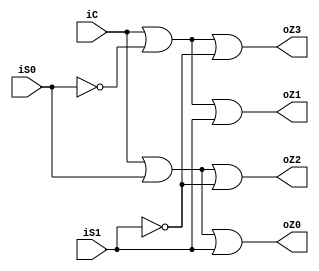
`timescale 1ns / 1ps
//////////////////////////////////////////////////////////////////////////////////
// Company: 
// Engineer: 
// 
// Design Name: 
// Module Name: selector14
// Project Name: 
// Target Devices: 
// Tool Versions: 
// Description: 
// 
// Dependencies: 
// 
// Revision:
// Revision 0.01 - File Created
// Additional Comments:
// 
//////////////////////////////////////////////////////////////////////////////////


module de_selector14(
    input iC,
    input iS1,
    input iS0,
    output oZ0,
    output oZ1,
    output oZ2,
    output oZ3
    );
    or (oZ0, iC, iS0, iS1);
    or (oZ1, iC,~iS0, iS1);
    or (oZ2, iC, iS0,~iS1);
    or (oZ3, iC,~iS0,~iS1);
endmodule